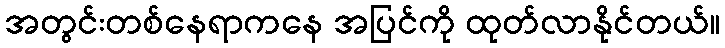
အတွင်းတစ်နေရာကနေ အပြင်ကို ထုတ်လာနိုင်တယ်။